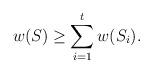
LaTeX: \begin{align*}w(S)\ge \sum_{i=1}^t w(S_i).\end{align*}